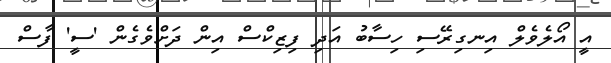
އީ އޯލެވެލް އިނގިރޭސި ހިސާބު އަދި ފިޒިކްސް އިން ދަށްވެގެން 'ސީ' ފާސް